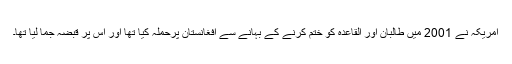
امریکہ نے 2001 میں طالبان اور القاعدہ کو ختم کرنے کے بہانے سے افغانستان پرحملہ کیا تھا اور اس پر قبضہ جما لیا تھا۔